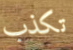
تكذب